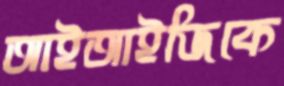
আইআইজিকে